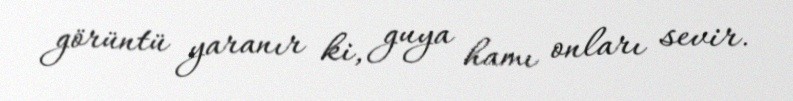
görüntü yaranır ki, guya hamı onları sevir.